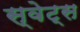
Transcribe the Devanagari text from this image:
स्वेट्स